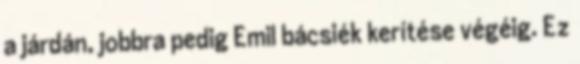
a járdán, jobbra pedig Emil bácsiék kerítése végéig. Ez